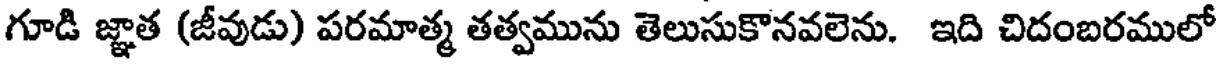
గూడి జ్ఞాత (జీవుడు) పరమాత్మ తత్వమును తెలుసుకొనవలెను. ఇది చిదంబరములో